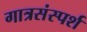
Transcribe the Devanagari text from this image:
गात्रसंस्पर्श